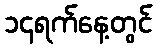
၁၄ရက်နေ့တွင်